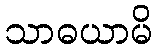
သာဓယာမိ